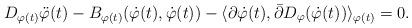
LaTeX: \begin{align*}D_{\varphi(t)} \ddot{\varphi}(t) - B_{\varphi(t)} (\dot{\varphi}(t), \dot{\varphi}(t)) - \langle \partial \dot{\varphi}(t), \bar{\partial} D_{\varphi}(\dot{\varphi}(t)) \rangle_{\varphi(t)} = 0.\end{align*}